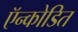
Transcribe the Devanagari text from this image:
ऍन्कोडित